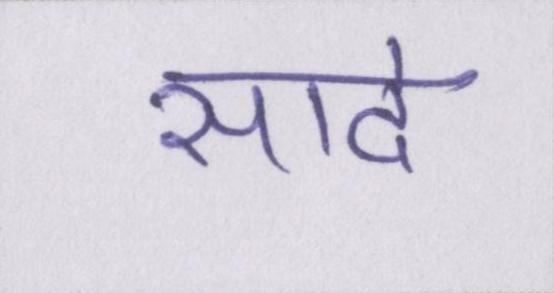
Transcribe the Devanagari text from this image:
सादे